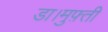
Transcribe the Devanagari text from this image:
डा।मुफ़्ती